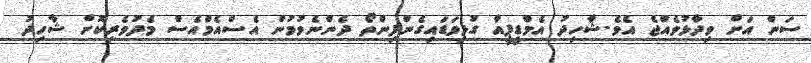
ސަން އަށް ވިދާޅުވެއްޖެ އެވެ.ޝާހިދު އެމްޑީޕީއާ ގުޅިވަޑައިގެންފިންތޯ ދެންނެވުމުން އެސްއެމްއެސް މެދުވެރިކޮށް ޝާހިދު